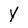
Character: y